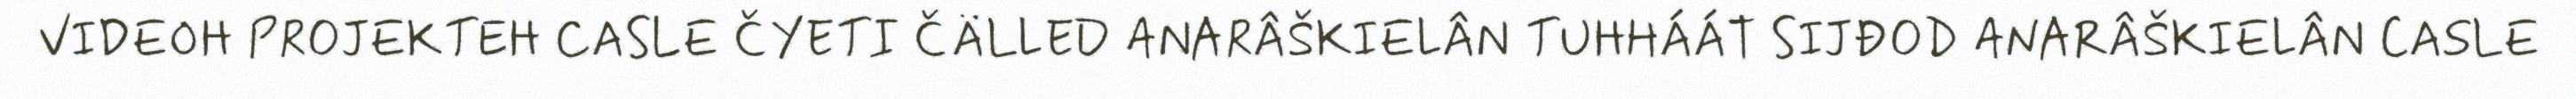
VIDEOH PROJEKTEH CASLE ČYETI ČÄLLED ANARÂŠKIELÂN TUHHÁÁT SIJĐOD ANARÂŠKIELÂN CASLE